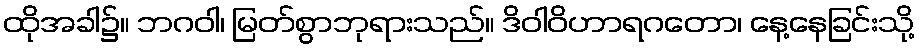
ထိုအခါ၌။ ဘဂဝါ၊ မြတ်စွာဘုရားသည်။ ဒိဝါဝိဟာရဂတော၊ နေ့နေခြင်းသို့